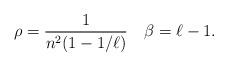
LaTeX: \begin{align*}\rho = \frac{1}{n^2(1-1/\ell)} \quad\beta = \ell-1.\end{align*}